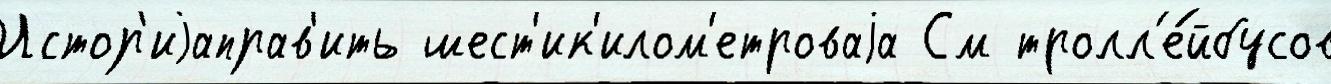
Истор'иjаправ'ить шест'ик'илом'етроваjа См тролл'е́йбусов